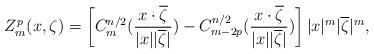
LaTeX: \begin{align*}Z^p_m(x,\zeta)=\left[ C^{n/2}_m(\frac{x\cdot\overline{\zeta}}{|x||\overline{\zeta}|})-C^{n/2}_{m-2p}(\frac{x\cdot\overline{\zeta}}{|x||\overline{\zeta}|})\right]|x|^m|\overline{\zeta}|^m,\end{align*}